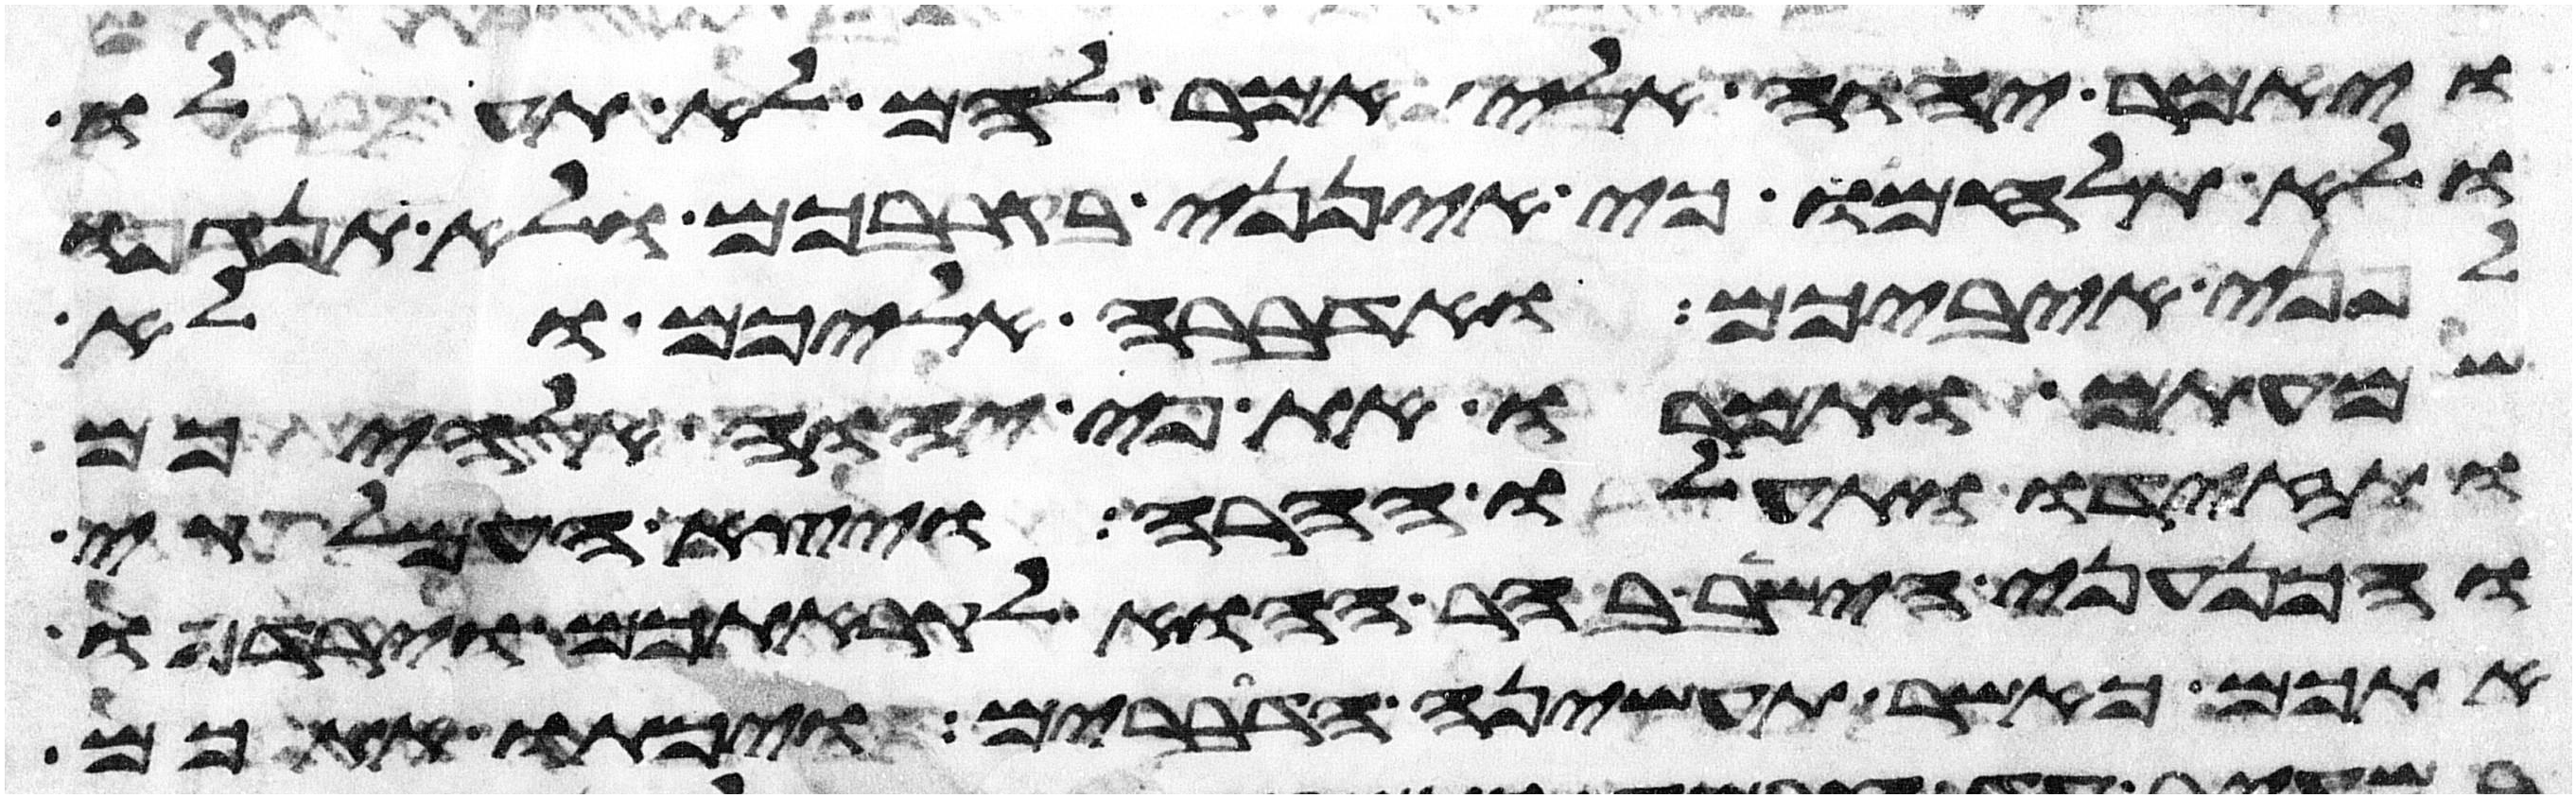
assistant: ויאמר יהוה אלי אמר להם לא תעלו
ולא תלחמו כי אינני בקרבכם ולא תנגפו
לפני איביכם ואדברה אליכם ולא
שמעתם ותמרו את פי יהוה אלהיכם
ותזידו ותעלו ההרה ויצא העמלקי
והכנעני הישב בהר ההוא לקראתכם וירדפו
אתכם כאשר תעשינה הדברים ויכתו אתכם